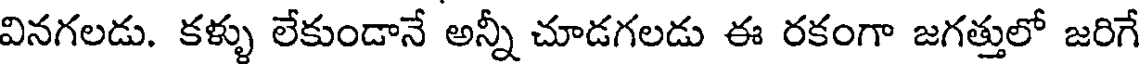
వినగలడు. కళ్ళు లేకుండానే అన్నీ చూడగలడు ఈ రకంగా జగత్తులో జరిగే